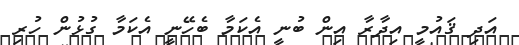
އަދި ޤައުމީ އިދާރާ އިން ބުނީ އެކަމާ ބެހޭނީ އެކަމާ ގުޅުން ހުރި